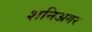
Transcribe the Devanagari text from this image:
शनिअगर